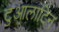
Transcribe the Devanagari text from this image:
टुआलाटिन